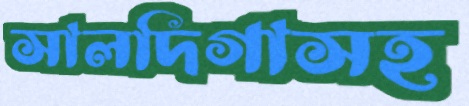
সালদিগাসহ